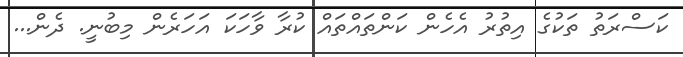
ކަސްރަތު ތަކުގެ އިތުރު އެހެން ކަންތައްތައް ކުރާ ވާހަކަ އަހަރެން މިބުނީ. ދެން...